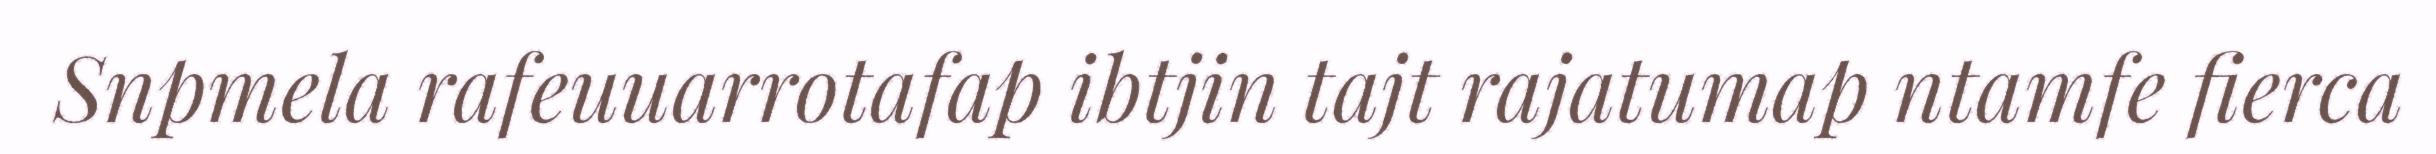
Snpmela rafeuuarrotafap ibtjin tajt rajatumap ntamfe fierca